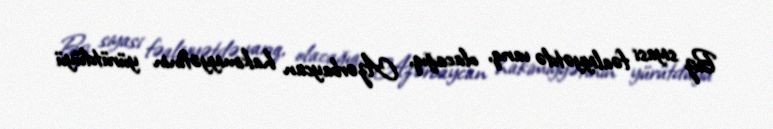
Biz siyasi fəaliyyətdə varıq, olacağıq, Azərbaycan hakimiyyətinin yürütdüyü